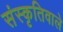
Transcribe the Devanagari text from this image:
संस्कृतिवाले